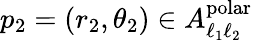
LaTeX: p_{2}=(r_{2},\theta_{2})\in A_{\ell_{1}\ell_{2}}^{\mathrm{polar}}